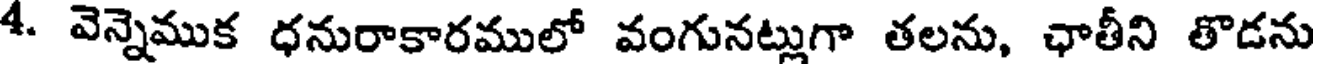
4. వెన్నెముక ధనురాకారములో వంగునట్లుగా తలను, ఛాతీని తొడను